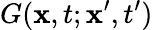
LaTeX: G(\mathbf{x},t;\mathbf{x}^{\prime},t^{\prime})